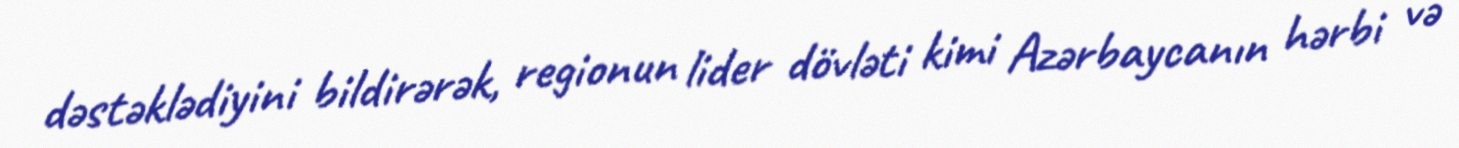
dəstəklədiyini bildirərək, regionun lider dövləti kimi Azərbaycanın hərbi və